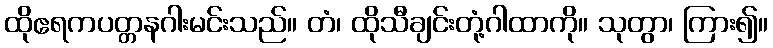
ထိုဧရကပတ္တနဂါးမင်းသည်။ တံ၊ ထိုသီချင်းတုံ့ဂါထာကို။ သုတွာ၊ ကြား၍။